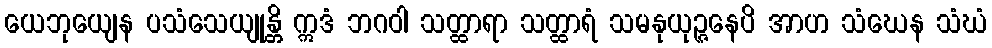
ယေဘုယျေန ပသံသေယျုန္တိ ဣဒံ ဘဂဝါ သတ္ထာရာ သတ္ထာရံ သမနုယုဉ္ဇနေပိ အာဟ သံဃေန သံဃံ